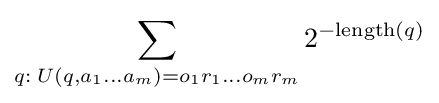
\sum _{q:\;U(q,a_{1}\ldots a_{m})=o_{1}r_{1}\ldots o_{m}r_{m}}2^{-{\textrm {length}}(q)}